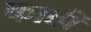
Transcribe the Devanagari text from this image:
काठीं